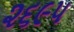
૨૬૯૫